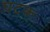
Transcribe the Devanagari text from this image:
घटकः